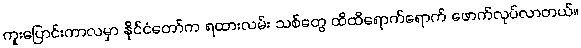
ကူးပြောင်းကာလမှာ နိုင်ငံတော်က ရထားလမ်း သစ်တွေ ထိထိရောက်ရောက် ဖောက်လုပ်လာတယ်။